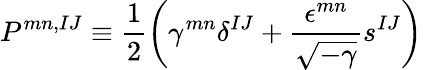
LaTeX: P^{mn,IJ}\equiv\frac{1}{2}\left(\gamma^{mn}\delta^{IJ}+\frac{\epsilon^{mn}}{\sqrt{-\gamma}}s^{IJ}\right)